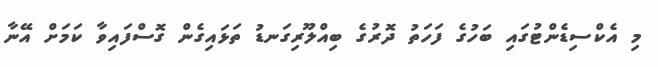
މި އެކްސިޑެންޓުގައި ބަހުގެ ފަހަތު ދޮރުގެ ބިއްލޫރިގަނޑު ތަޅައިގެން ގޮސްފައިވާ ކަމަށް އޭނާ